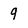
Character: 9